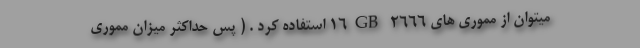
میتوان از مموری های 16GB 2666 استفاده کرد . ( پس حداکثر میزان مموری